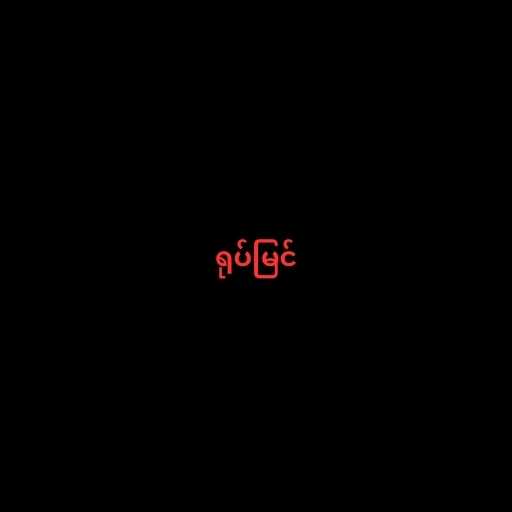
ရုပ်မြင်